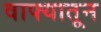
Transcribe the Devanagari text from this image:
वाफ्यातून